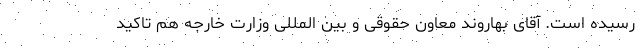
رسیده است. آقای بهاروند معاون حقوقی و بین المللی وزارت خارجه هم تاکید